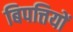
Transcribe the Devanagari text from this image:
बिपत्तियों